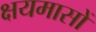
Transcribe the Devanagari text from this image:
क्षयमासों